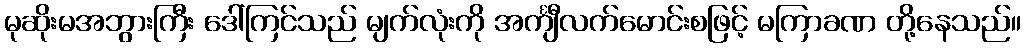
မုဆိုးမအဘွားကြီး ဒေါ်ကြင်သည် မျက်လုံးကို အင်္ကျီလက်မောင်းစဖြင့် မကြာခဏ တို့နေသည်။